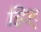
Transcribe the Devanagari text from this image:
ह्रिह्